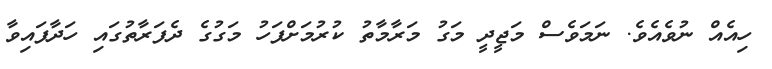
ހިއެއް ނުވެއެވެ. ނަމަވެސް މަޖީދީ މަގު މަރާމާތު ކުރުމަށްފަހު މަގުގެ ދެފަރާތުގައި ހަދާފައިވާ